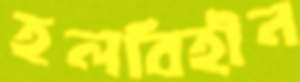
হলবিহীন